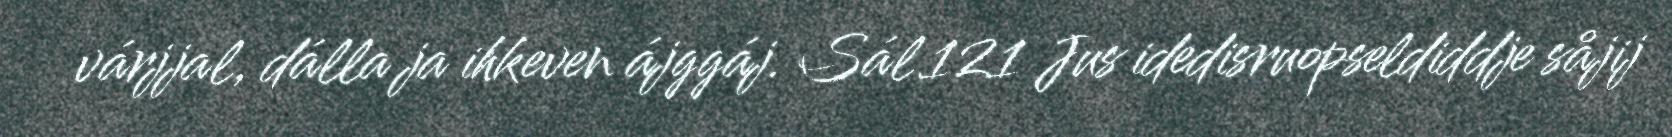
várjjal, dálla ja ihkeven ájggáj. Sál 121 Jus idedisruopseldiddje såjij